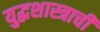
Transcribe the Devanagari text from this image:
युद्धशास्त्राची